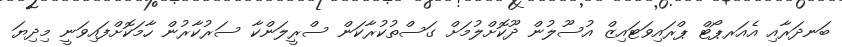
ބަނދަރާއި އެއަރޕޯޓް ޕްރައިވަޓައިޒް އުސޫލުން ދޫކޮށްލުމަށް ގަސްތުކުރާކަން ސްރީލަންކާ ސަރުކާރުން ހާމަކޮށްފައިވަނީ މިދިޔަ